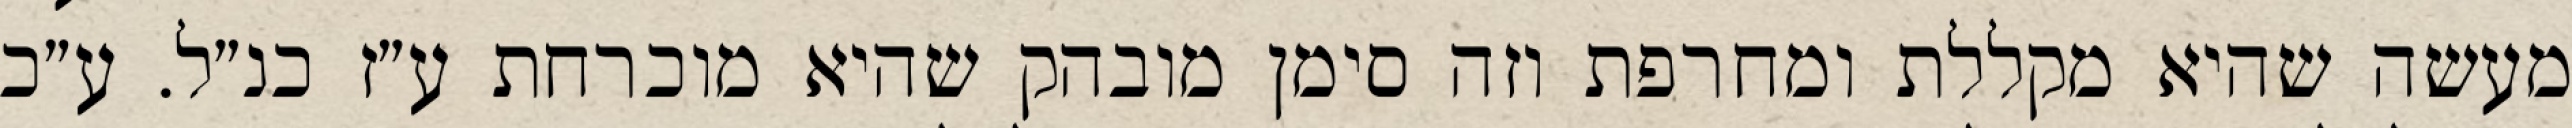
מעשה שהיא מקללת ומחרפת וזה סימן מובהק שהיא מוכרחת ע״ז כנ״ל. ע״כ